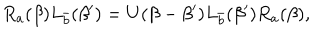
R _ { a } ( \beta ) L _ { \bar { b } } ( \beta ^ { \prime } ) = U ( \beta - \beta ^ { \prime } ) L _ { \bar { b } } ( \beta ^ { \prime } ) R _ { a } ( \beta ) ,